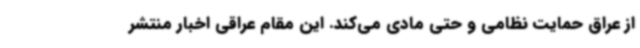
از عراق حمایت نظامی و حتی مادی می‌کند. این مقام عراقی اخبار منتشر